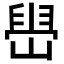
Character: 𫶋